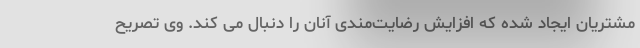
مشتریان ایجاد شده که افزایش رضایت‌مندی آنان را دنبال می کند. وی تصریح